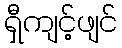
ရှီကျင့်ဖျင်